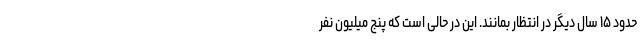
حدود ۱۵ سال دیگر در انتظار بمانند. این در حالی است که پنج میلیون نفر